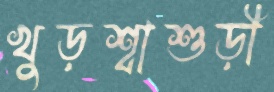
খুড়শ্বাশুড়ী